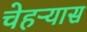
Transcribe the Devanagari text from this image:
चेहऱ्यास